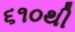
૬૧૦થી